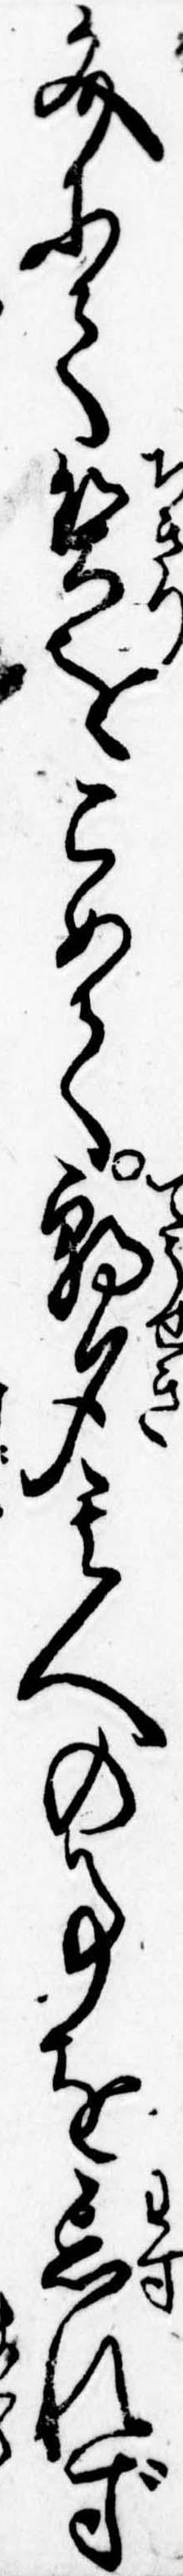
文にて契をこめて朝夕其人の事を忘れず